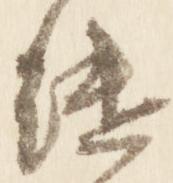
継